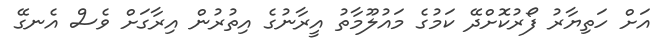
އަށް ހަތިޔާރު ފޯރުކޮށްދޭ ކަމުގެ މައުލޫމާތު އީރާނުގެ އިތުރުން އިރާގަށް ވެސް އެނގޭ